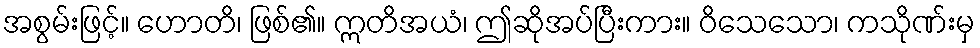
အစွမ်းဖြင့်။ ဟောတိ၊ ဖြစ်၏။ ဣတိအယံ၊ ဤဆိုအပ်ပြီးကား။ ဝိသေသော၊ ကသိုဏ်းမှ